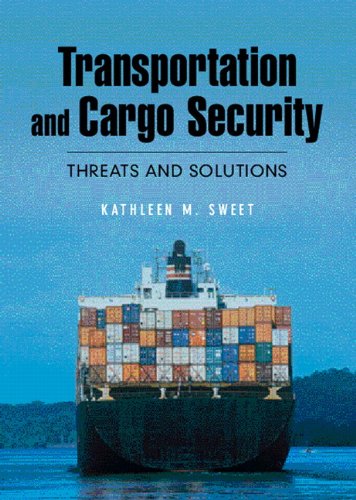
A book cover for Transportation and Cargo Security: Threats and Solutions; Kathleen M. Sweet; Engineering & Transportation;